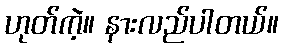
ဟုတ်ကဲ့။ နားလည်ပါတယ်။